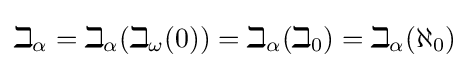
\beth _{\alpha }=\beth _{\alpha }(\beth _{\omega }(0))=\beth _{\alpha }(\beth _{0})=\beth _{\alpha }(\aleph _{0})